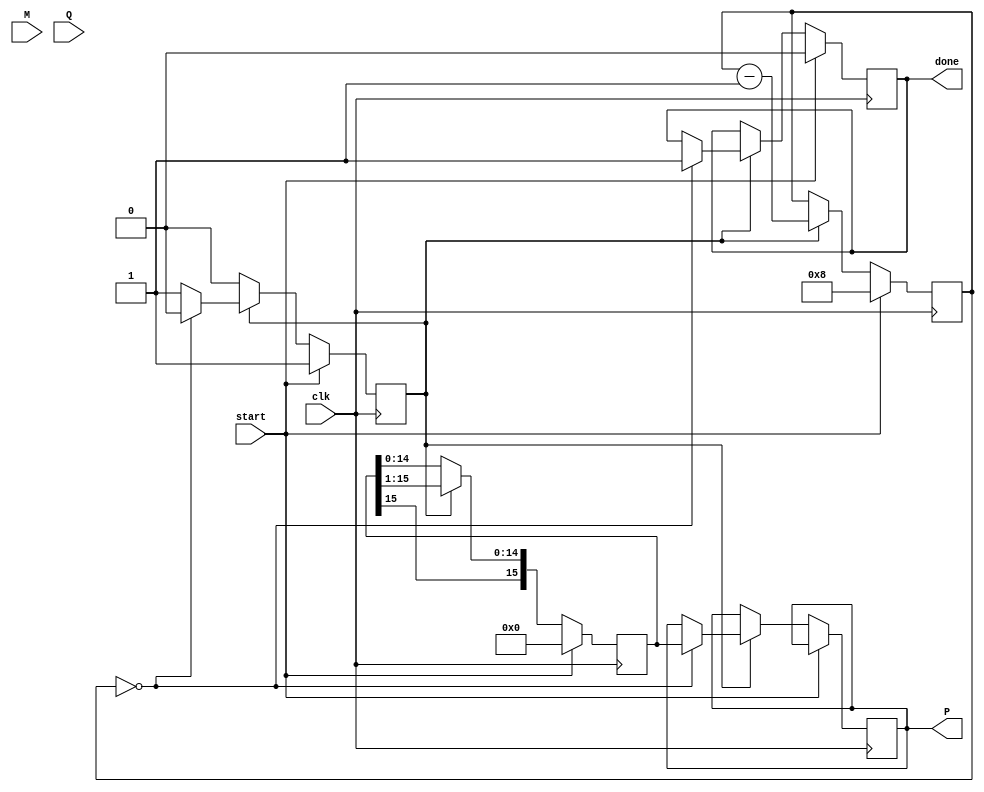
module booth_multiplier #(parameter WIDTH = 8) (
    input signed [WIDTH-1:0] M,         // Multiplicand
    input signed [WIDTH-1:0] Q,         // Multiplier
    input clk,                           // Clock signal
    input start,                         // Start signal for multiplication
    output reg signed [2*WIDTH-1:0] P,   // Product
    output reg done                      // Done signal
);
    reg signed [WIDTH-1:0] M_reg;
    reg signed [WIDTH-1:0] Q_reg;
    reg [WIDTH-1:0] Q_minus_1;          // Previous LSB of Q
    reg [3:0] count;                    // Counter for iterations
    reg [2*WIDTH-1:0] P_reg;            // Accumulator for product
    reg state;                           // State of the FSM

    always @(posedge clk) begin
        if (start) begin
            // Initialize registers
            M_reg <= M;
            Q_reg <= Q;
            Q_minus_1 <= 1'b0;           // Initialize Q(-1) to 0
            P_reg <= 0;                  // Clear product
            count <= WIDTH;              // Set count to the bit width
            done <= 0;                   // Clear done flag
            state <= 1;                  // Start state
        end else if (state) begin
            case ({Q_reg[0], Q_minus_1}) // Booth's algorithm
                2'b01: P_reg <= P_reg + M_reg; // Add M to P
                2'b10: P_reg <= P_reg - M_reg; // Subtract M from P
                default: ;                    // Do nothing
            endcase
            
            // Shift right operation
            P_reg <= {P_reg[2*WIDTH-1], P_reg[2*WIDTH-1:1]}; // Arithmetic right shift
            Q_minus_1 <= Q_reg[0]; // Update previous LSB
            Q_reg <= {1'b0, Q_reg[WIDTH-1:1]}; // Shift Q right
            
            count <= count - 1; // Decrement count
            if (count == 0) begin
                P <= P_reg; // Assign final product
                done <= 1;  // Set done flag
                state <= 0; // End state
            end
        end
    end
endmodule